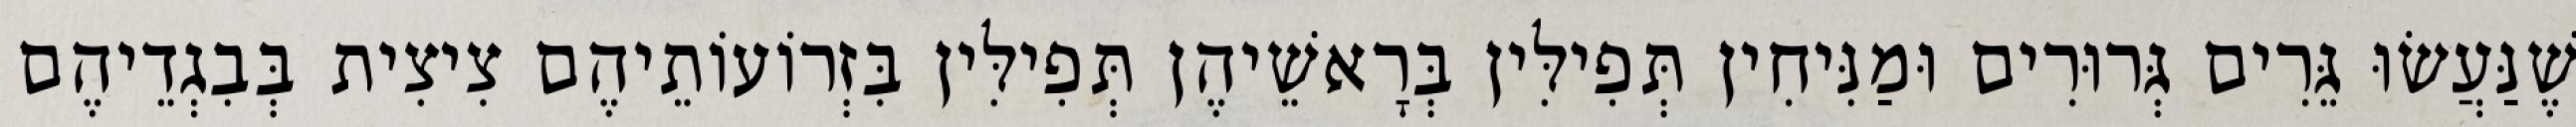
שֶׁנַּעֲשׂוּ גֵּרִים גְּרוּרִים וּמַנִּיחִין תְּפִילִּין בְּרָאשֵׁיהֶן תְּפִילִּין בִּזְרוֹעוֹתֵיהֶם צִיצִית בְּבִגְדֵיהֶם